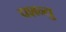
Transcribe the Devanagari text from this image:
पशन्तु